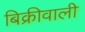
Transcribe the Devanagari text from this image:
बिक्रीवाली